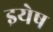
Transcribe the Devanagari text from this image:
इयेष